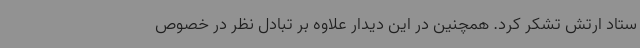
ستاد ارتش تشکر کرد. همچنین در این دیدار علاوه بر تبادل نظر در خصوص